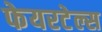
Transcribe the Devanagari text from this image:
फेयरटेल्स